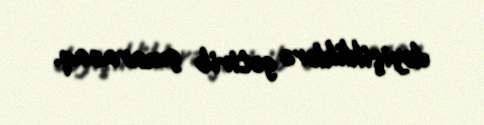
dəyişikliklərə gətirib çıxaracaq.